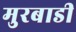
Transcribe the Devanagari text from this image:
मुरबाडी